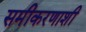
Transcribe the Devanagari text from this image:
समीकरणाशी